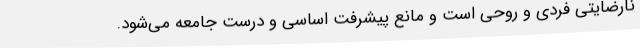
نارضایتی فردی و روحی است و مانع پیشرفت اساسی و درست جامعه می‌شود.